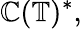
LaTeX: \mathbb{C}(\mathbb{{T}})^{\ast},